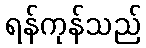
ရန်ကုန်သည်